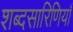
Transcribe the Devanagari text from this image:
शब्दसारिणियाँ